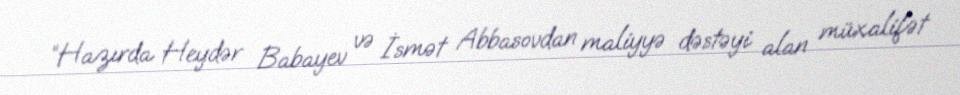
“Hazırda Heydər Babayev və İsmət Abbasovdan maliyyə dəstəyi alan müxalifət